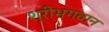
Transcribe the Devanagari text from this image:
श्रीभगवान